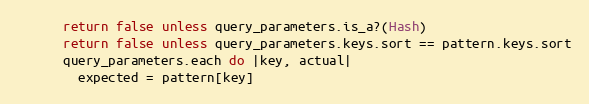
Language: Ruby
      return false unless query_parameters.is_a?(Hash)
      return false unless query_parameters.keys.sort == pattern.keys.sort
      query_parameters.each do |key, actual|
        expected = pattern[key]